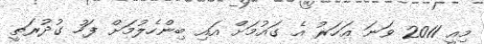
މިއީ 2011 ވަނަ އަހަރު އެ ގައުމަށް އައި ބިންހެލުމަށް ފަހު ގުދުރަތީ